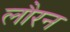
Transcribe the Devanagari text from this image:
लौरन